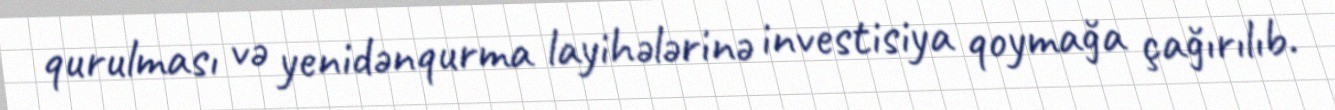
qurulması və yenidənqurma layihələrinə investisiya qoymağa çağırılıb.